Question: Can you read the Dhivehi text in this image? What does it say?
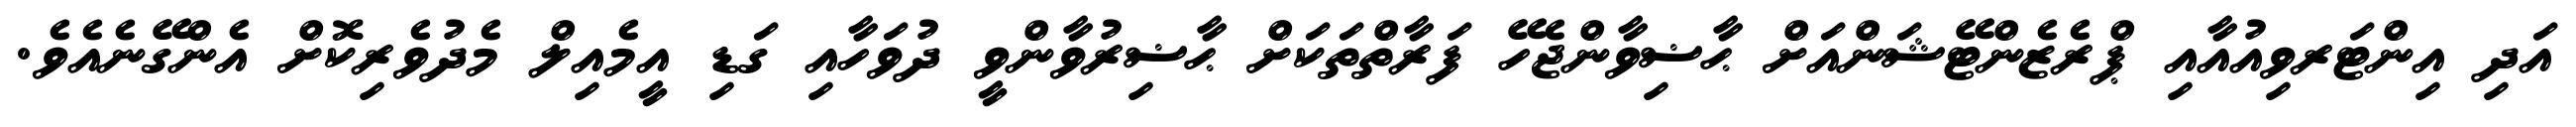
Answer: އަދި އިންޓަރވިއުއާއި ޕްރެޒެންޓޭޝަންއަށް ޙާޟިވާންޖެހޭ ފަރާތްތަކަށް ޙާޟިރުވާންވީ ދުވަހާއި ގަޑި އީމެއިލް މެދުވެރިކޮށް އެންގޭނެއެވެ.